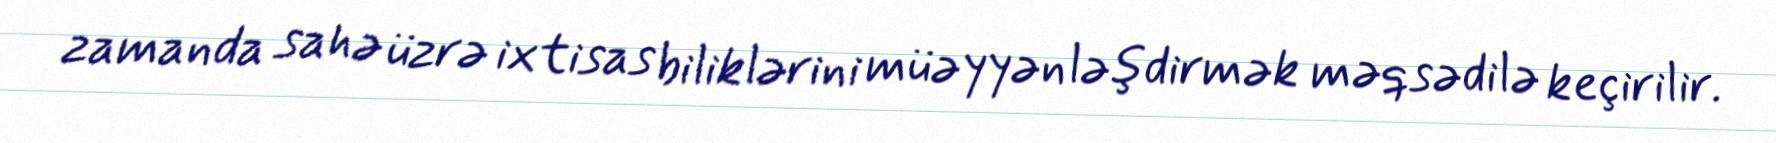
zamanda sahə üzrə ixtisas biliklərini müəyyənləşdirmək məqsədilə keçirilir.